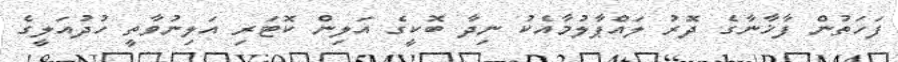
ފަހަތުން ފާޚާނާގެ ދޮރު ލައްޕާލުމާއެކު ނިދާ ބޮކީގެ އަލިން ކޮޓަރި އަލިނުވާތީ ހުދުއަލީގެ